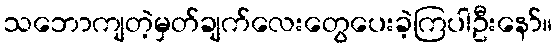
သဘောကျတဲ့မှတ်ချက်လေးတွေပေးခဲ့ကြပါဦးနော်။